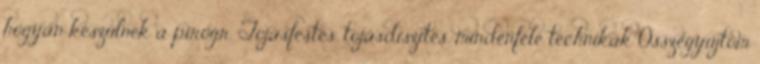
hogyan készülnek a pirogr. Tojásfestés, tojásdíszítés, mindenféle technikák Összegyűjtöm